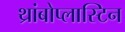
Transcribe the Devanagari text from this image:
थ्रांबोप्लास्टिन